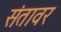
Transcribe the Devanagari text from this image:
संतावर